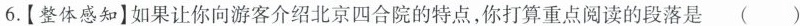
6.【整体感知】如果让你向游客介绍北京四合院的特点，你打算重点阅读的段落是 ( )